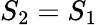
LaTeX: S_{2}=S_{1}